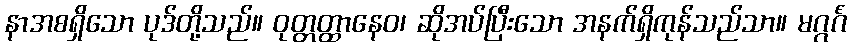
နာအစရှိသော ပုဒ်တို့သည်။ ဝုတ္တတ္ထာနေဝ၊ ဆိုအပ်ပြီးသော အနက်ရှိကုန်သည်သာ။ မဂ္ဂင်္ဂံ